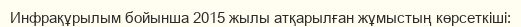
Инфрақұрылым бойынша 2015 жылы атқарылған жұмыстың көрсеткіші: